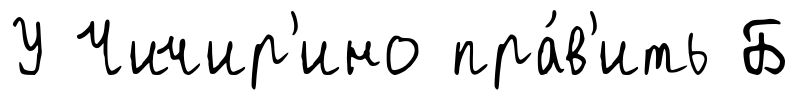
У Чичир'ино пра́в'ить Б